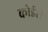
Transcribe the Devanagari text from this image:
कोईरी